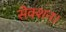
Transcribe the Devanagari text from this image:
सेक्शन।